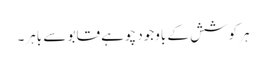
ہر کوشش کے باوجود چوہے قابو سے باہر۔